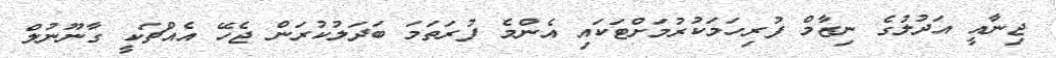
ޖިނާއީ އަދުލުގެ ނިޒާމް ފުރިހަމަކުރުމަށްޓަކައި އެންމެ ފުރަތަމަ ބަދަލުކުރަން ޖެހޭ އެއްޗަކީ ގާނޫނުލް